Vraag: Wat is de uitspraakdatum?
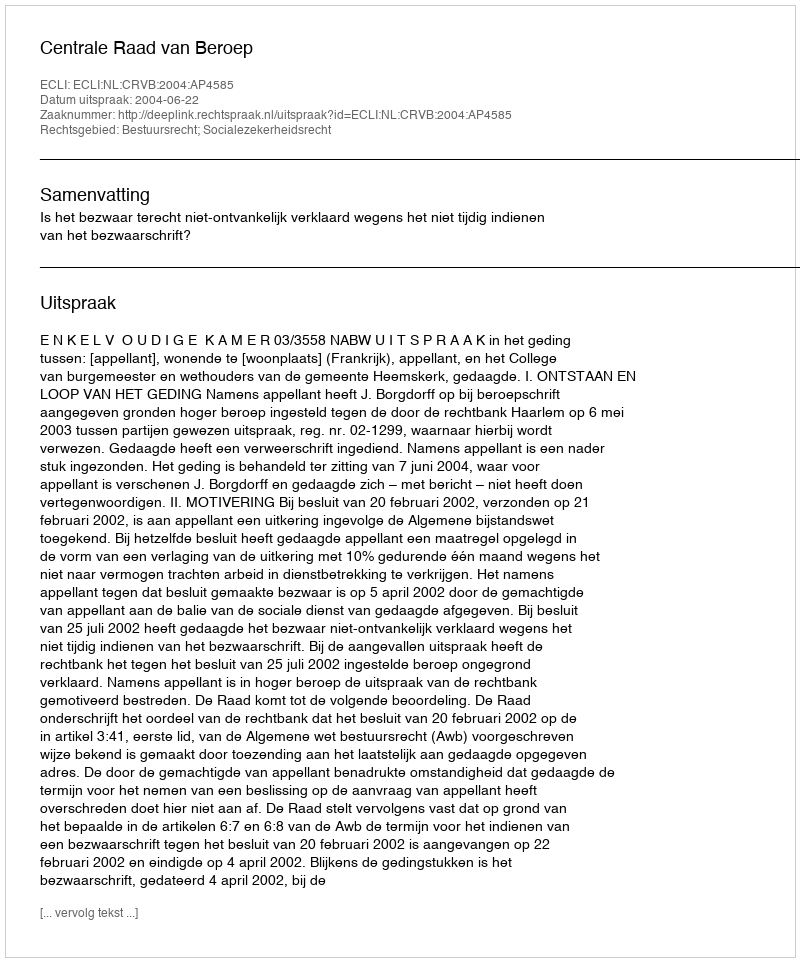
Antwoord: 2004-06-22